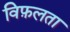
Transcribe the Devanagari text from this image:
विफ़लता